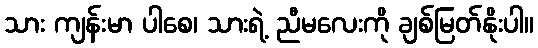
သား ကျန်းမာ ပါစေ၊ သားရဲ့ ညီမလေးကို ချစ်မြတ်နိုးပါ။